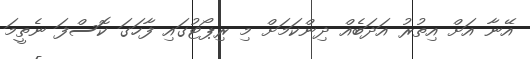
އޭނާ އަށް އިތުރު އަދަބެއް ދިންކަމަށް މި ރިޕޯޓުގައި ފާހަގަ ކޮސްފަ ނެތީމަ